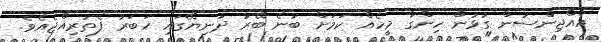
އެއްޖިންސުން ގުޅުން ހިންގާ މީހެއް ކަމަށް ބުނެ ބޭރު ދުނިޔޭގައި ޚަބަރު ފެތުރިއްޖެއެވެ.